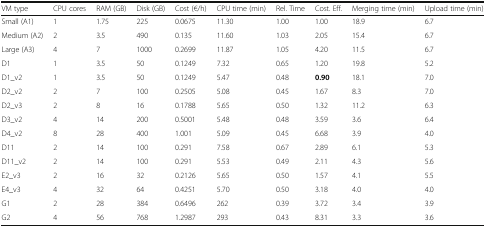
| VM type | CPU cores | RAM (GB) | Disk (GB) | Cost (€/h) | CPU time (min) | Rel. Time | Cost. Eff. | Merging time (min) | Upload time (min) |
 | --- | --- | --- | --- | --- | --- | --- | --- | --- | --- |
 | Small (A1) | 1 | 1.75 | 225 | 0.0675 | 11.30 | 1.00 | 1.00 | 18.9 | 6.7 |
 | Medium (A2) | 2 | 3.5 | 490 | 0.135 | 11.60 | 1.03 | 2.05 | 15.4 | 6.7 |
 | Large (A3) | 4 | 7 | 1000 | 0.2699 | 11.87 | 1.05 | 4.20 | 11.5 | 6.7 |
 | D1 | 1 | 3.5 | 50 | 0.1249 | 7.32 | 0.65 | 1.20 | 19.8 | 5.2 |
 | D1_v2 | 1 | 3.5 | 50 | 0.1249 | 5.47 | 0.48 | 0.90 | 18.1 | 7.0 |
 | D2_v2 | 2 | 7 | 100 | 0.2505 | 5.08 | 0.45 | 1.67 | 8.3 | 7.0 |
 | D2_v3 | 2 | 8 | 16 | 0.1788 | 5.65 | 0.50 | 1.32 | 11.2 | 6.3 |
 | D3_v2 | 4 | 14 | 200 | 0.5001 | 5.48 | 0.48 | 3.59 | 3.6 | 6.4 |
 | D4_v2 | 8 | 28 | 400 | 1.001 | 5.09 | 0.45 | 6.68 | 3.9 | 4.0 |
 | D11 | 2 | 14 | 100 | 0.291 | 7.58 | 0.67 | 2.89 | 6.1 | 5.3 |
 | D11_v2 | 2 | 14 | 100 | 0.291 | 5.53 | 0.49 | 2.11 | 4.3 | 5.6 |
 | E2_v3 | 2 | 16 | 32 | 0.2126 | 5.65 | 0.50 | 1.57 | 4.1 | 5.5 |
 | E4_v3 | 4 | 32 | 64 | 0.4251 | 5.70 | 0.50 | 3.18 | 4.0 | 4.0 |
 | G1 | 2 | 28 | 384 | 0.6496 | 262 | 0.39 | 3.72 | 3.4 | 3.9 |
 | G2 | 4 | 56 | 768 | 1.2987 | 293 | 0.43 | 8.31 | 3.3 | 3.6 |